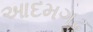
આદમગઢ